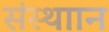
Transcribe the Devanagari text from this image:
संस्थाान